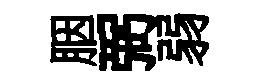
胭弼弱